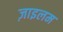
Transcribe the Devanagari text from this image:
ज़ाइलम